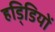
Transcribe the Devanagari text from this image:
हडि्डियों